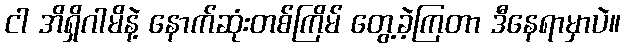
ငါ အိရှိဂါမိနဲ့ နောက်ဆုံးတစ်ကြိမ် တွေ့ခဲ့ကြတာ ဒီနေရာမှာပဲ။